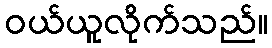
ဝယ်ယူလိုက်သည်။